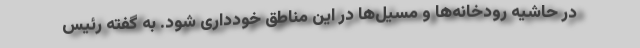
در حاشیه رودخانه‌ها و مسیل‌ها در این مناطق خودداری شود. به گفته رئیس